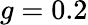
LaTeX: g=0.2